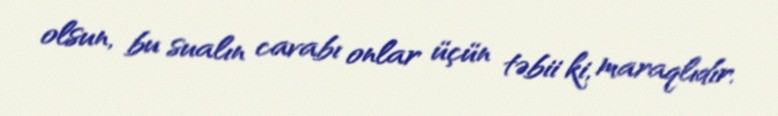
olsun, bu sualın cavabı onlar üçün təbii ki, maraqlıdır.